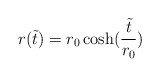
\begin{align*} r(\tilde t)=r_0 \cosh (\frac{\tilde t}{r_0})\end{align*}